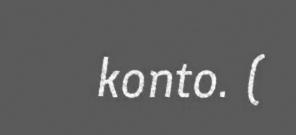
konto. (